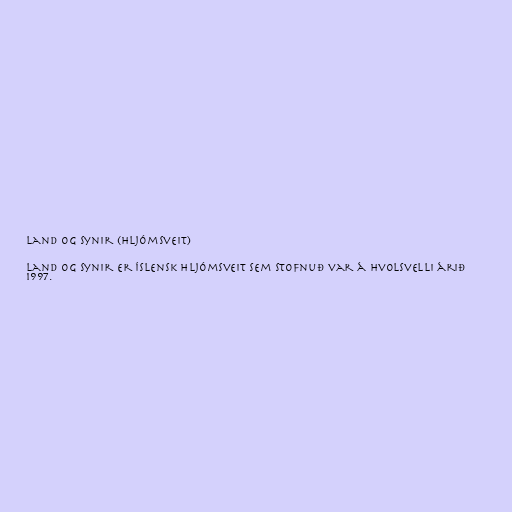
Land og synir (hljómsveit)

Land og synir er íslensk hljómsveit sem stofnuð var á Hvolsvelli árið
1997.